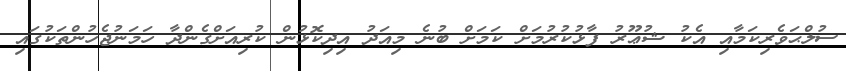
ސުލްޙަވެރިކަމާއި އެކު ޝުޢޫރު ފާޅުކުރުމަށް ކަމަށް ބުނެ މިއަދު އިދިކޮޅުން ކުރިއަށްގެންދާ ހަމަނުޖެހުންތަކުގައި